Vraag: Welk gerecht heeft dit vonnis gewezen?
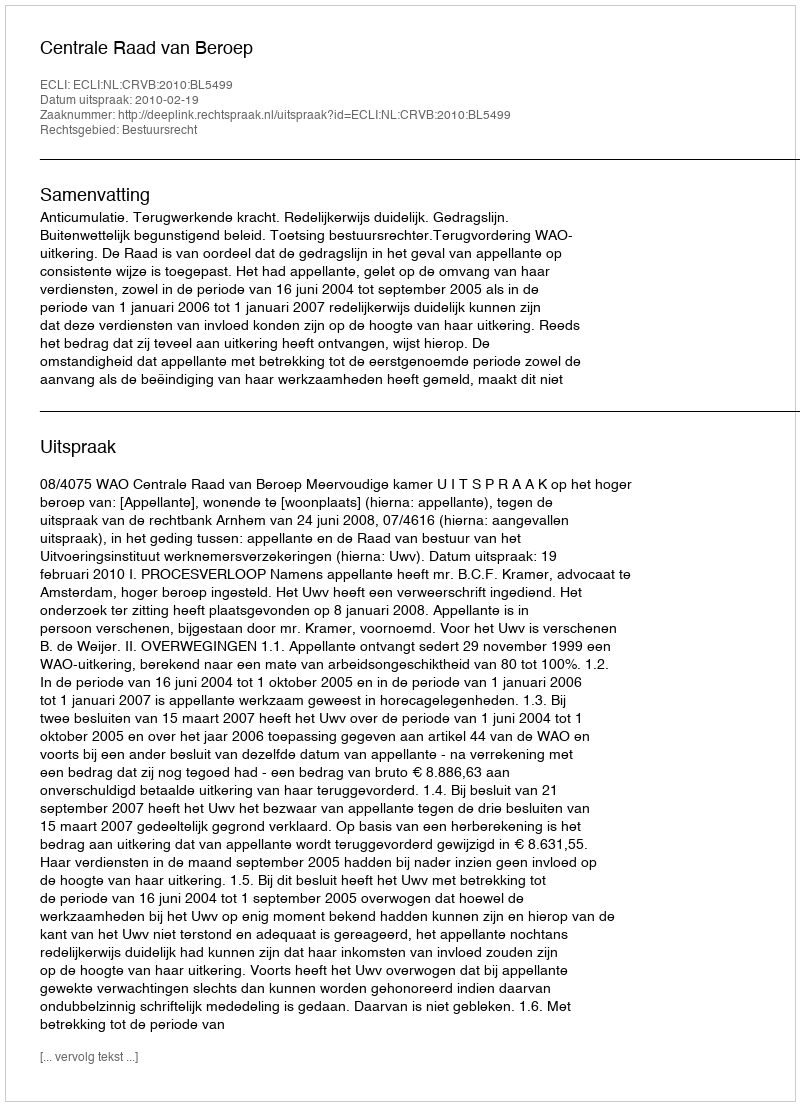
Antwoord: Centrale Raad van Beroep